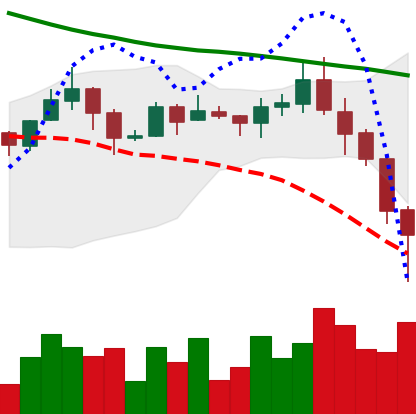
Ticker: ADA-USD
Chart end date: 2019-11-22
Forward return: 5.117%
Label: up_5_7